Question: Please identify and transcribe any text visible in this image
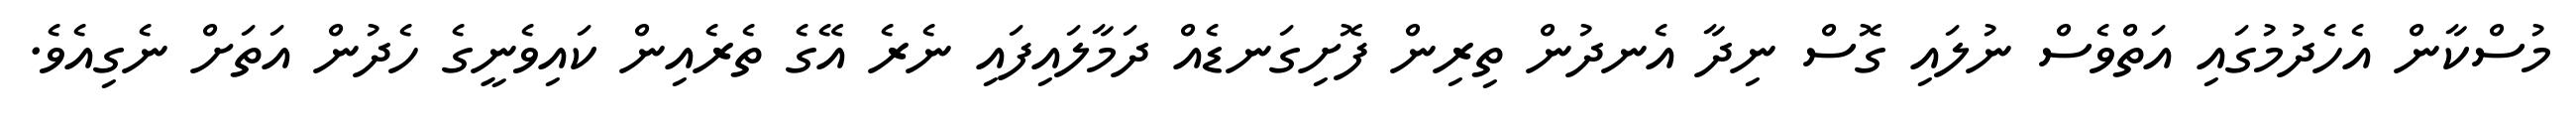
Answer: މުސްކާން އެހެދުމުގައި އަތްވެސް ނުލައި ގޮސް ނިދާ އެނދުން ތިރިން ފޮށިގަނޑެއް ދަމާލައިފައި ނެރެ އޭގެ ތެރެއިން ކައިވެނީގެ ހެދުން އަތަށް ނެގިއެވެ.